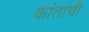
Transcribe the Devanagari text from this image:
कांतांची